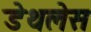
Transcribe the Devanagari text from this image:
डेथलेस